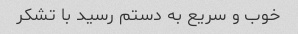
خوب و سریع به دستم رسید با تشکر